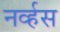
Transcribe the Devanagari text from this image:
नव्‍र्हस